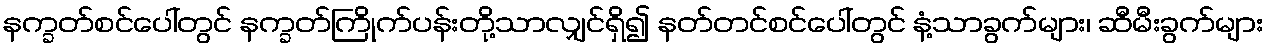
နက္ခတ်စင်ပေါ်တွင် နက္ခတ်ကြိုက်ပန်းတို့သာလျှင်ရှိ၍ နတ်တင်စင်ပေါ်တွင် နံ့သာခွက်များ၊ ဆီမီးခွက်များ